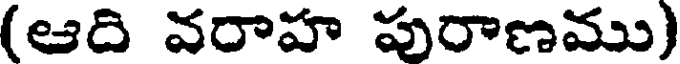
(ఆది వరాహ పురాణము)